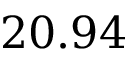
2 0 . 9 4